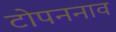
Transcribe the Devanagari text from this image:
टोपननाव